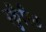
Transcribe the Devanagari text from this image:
स्कुँरिल